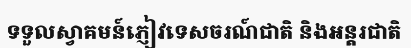
ទទួលស្វាគមន៍ភ្ញៀវទេសចរណ៍ជាតិ និងអន្តរជាតិ